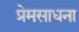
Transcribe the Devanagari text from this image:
प्रेमसाधना